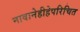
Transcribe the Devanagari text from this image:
नावानेहीहेपरिचित